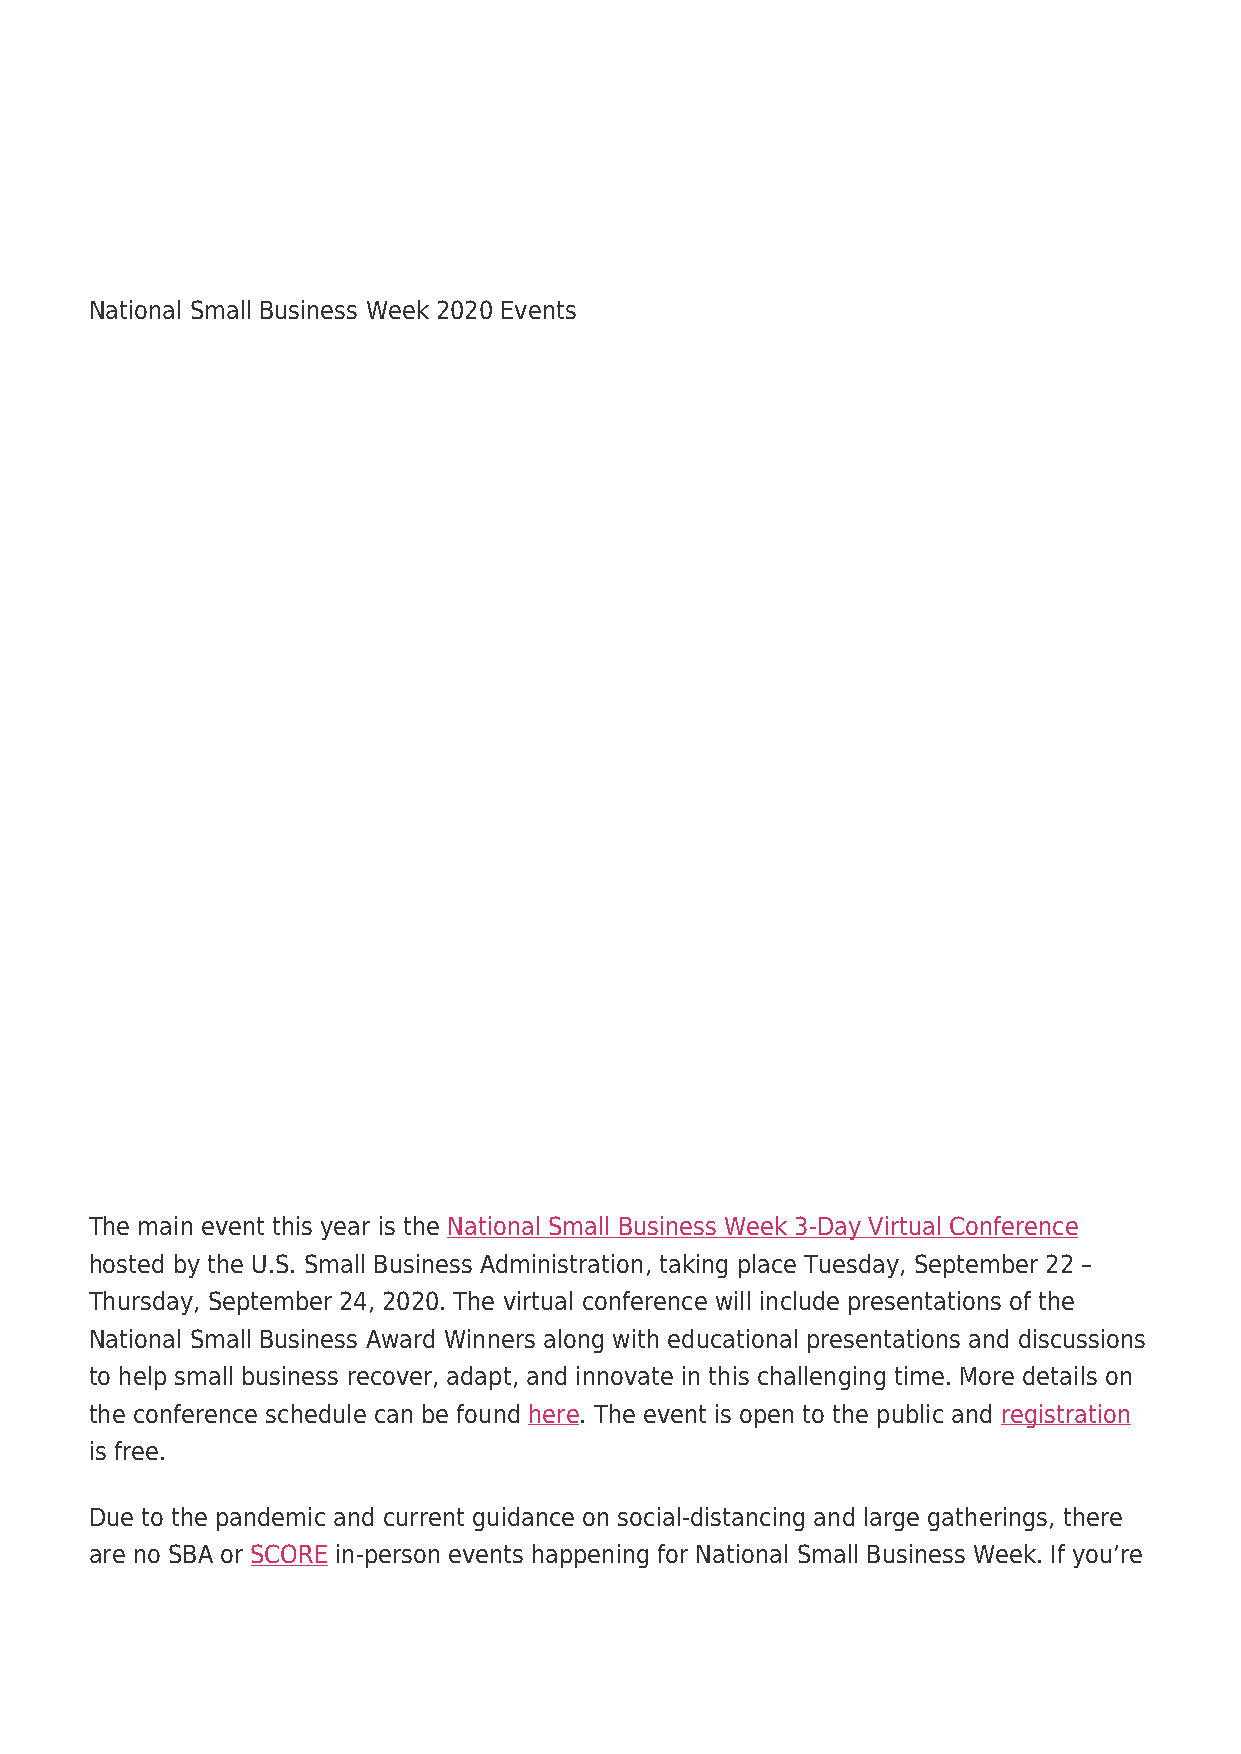
National Small Business Week 2020 Events
 The main event this year is the National Small Business Week 3-Day Virtual Conference
 hosted by the U.S. Small Business Administration, taking place Tuesday, September 22 –
 Thursday, September 24, 2020. The virtual conference will include presentations of the
 National Small Business Award Winners along with educational presentations and discussions
 to help small business recover, adapt, and innovate in this challenging time. More details on
 the conference schedule can be found here. The event is open to the public and registration
 is free.
 Due to the pandemic and current guidance on social-distancing and large gatherings, there
 are no SBA or SCORE in-person events happening for National Small Business Week. If you’re